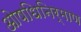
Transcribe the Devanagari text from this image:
ओषधिनिर्माण